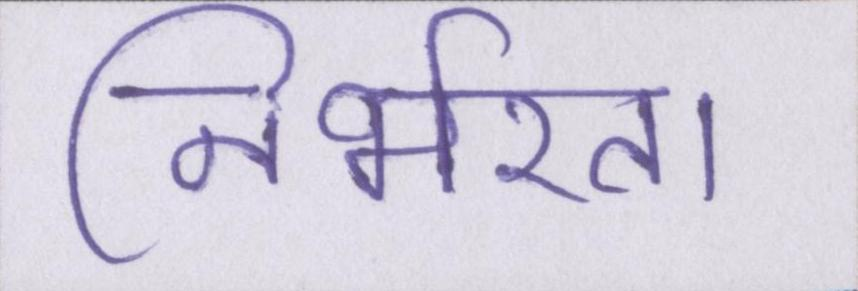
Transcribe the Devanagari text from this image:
निर्भरता